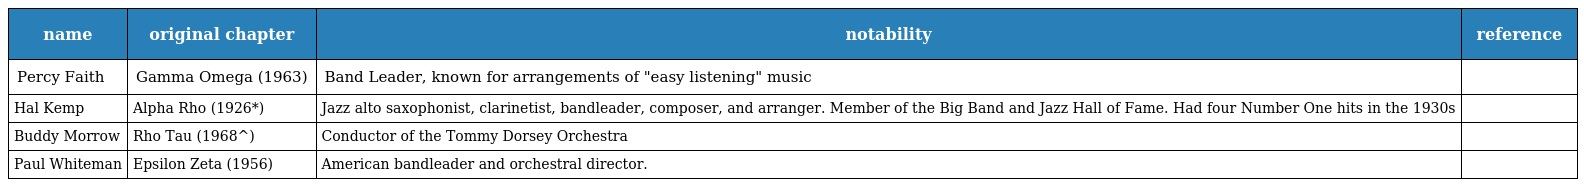
| name | original chapter | notability | reference |
 | --- | --- | --- | --- |
 | Percy Faith | Gamma Omega (1963) | Band Leader, known for arrangements of "easy listening" music |  |
 | Hal Kemp | Alpha Rho (1926*) | Jazz alto saxophonist, clarinetist, bandleader, composer, and arranger. Member of the Big Band and Jazz Hall of Fame. Had four Number One hits in the 1930s |  |
 | Buddy Morrow | Rho Tau (1968^) | Conductor of the Tommy Dorsey Orchestra |  |
 | Paul Whiteman | Epsilon Zeta (1956) | American bandleader and orchestral director. |  |